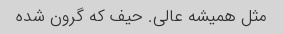
مثل همیشه عالی. حیف که گرون شده